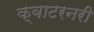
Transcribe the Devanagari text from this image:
क्वाटरनरी